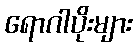
ရောဂါပိုးများ